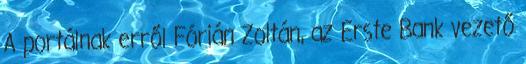
A portálnak erről Fórián Zoltán, az Erste Bank vezető